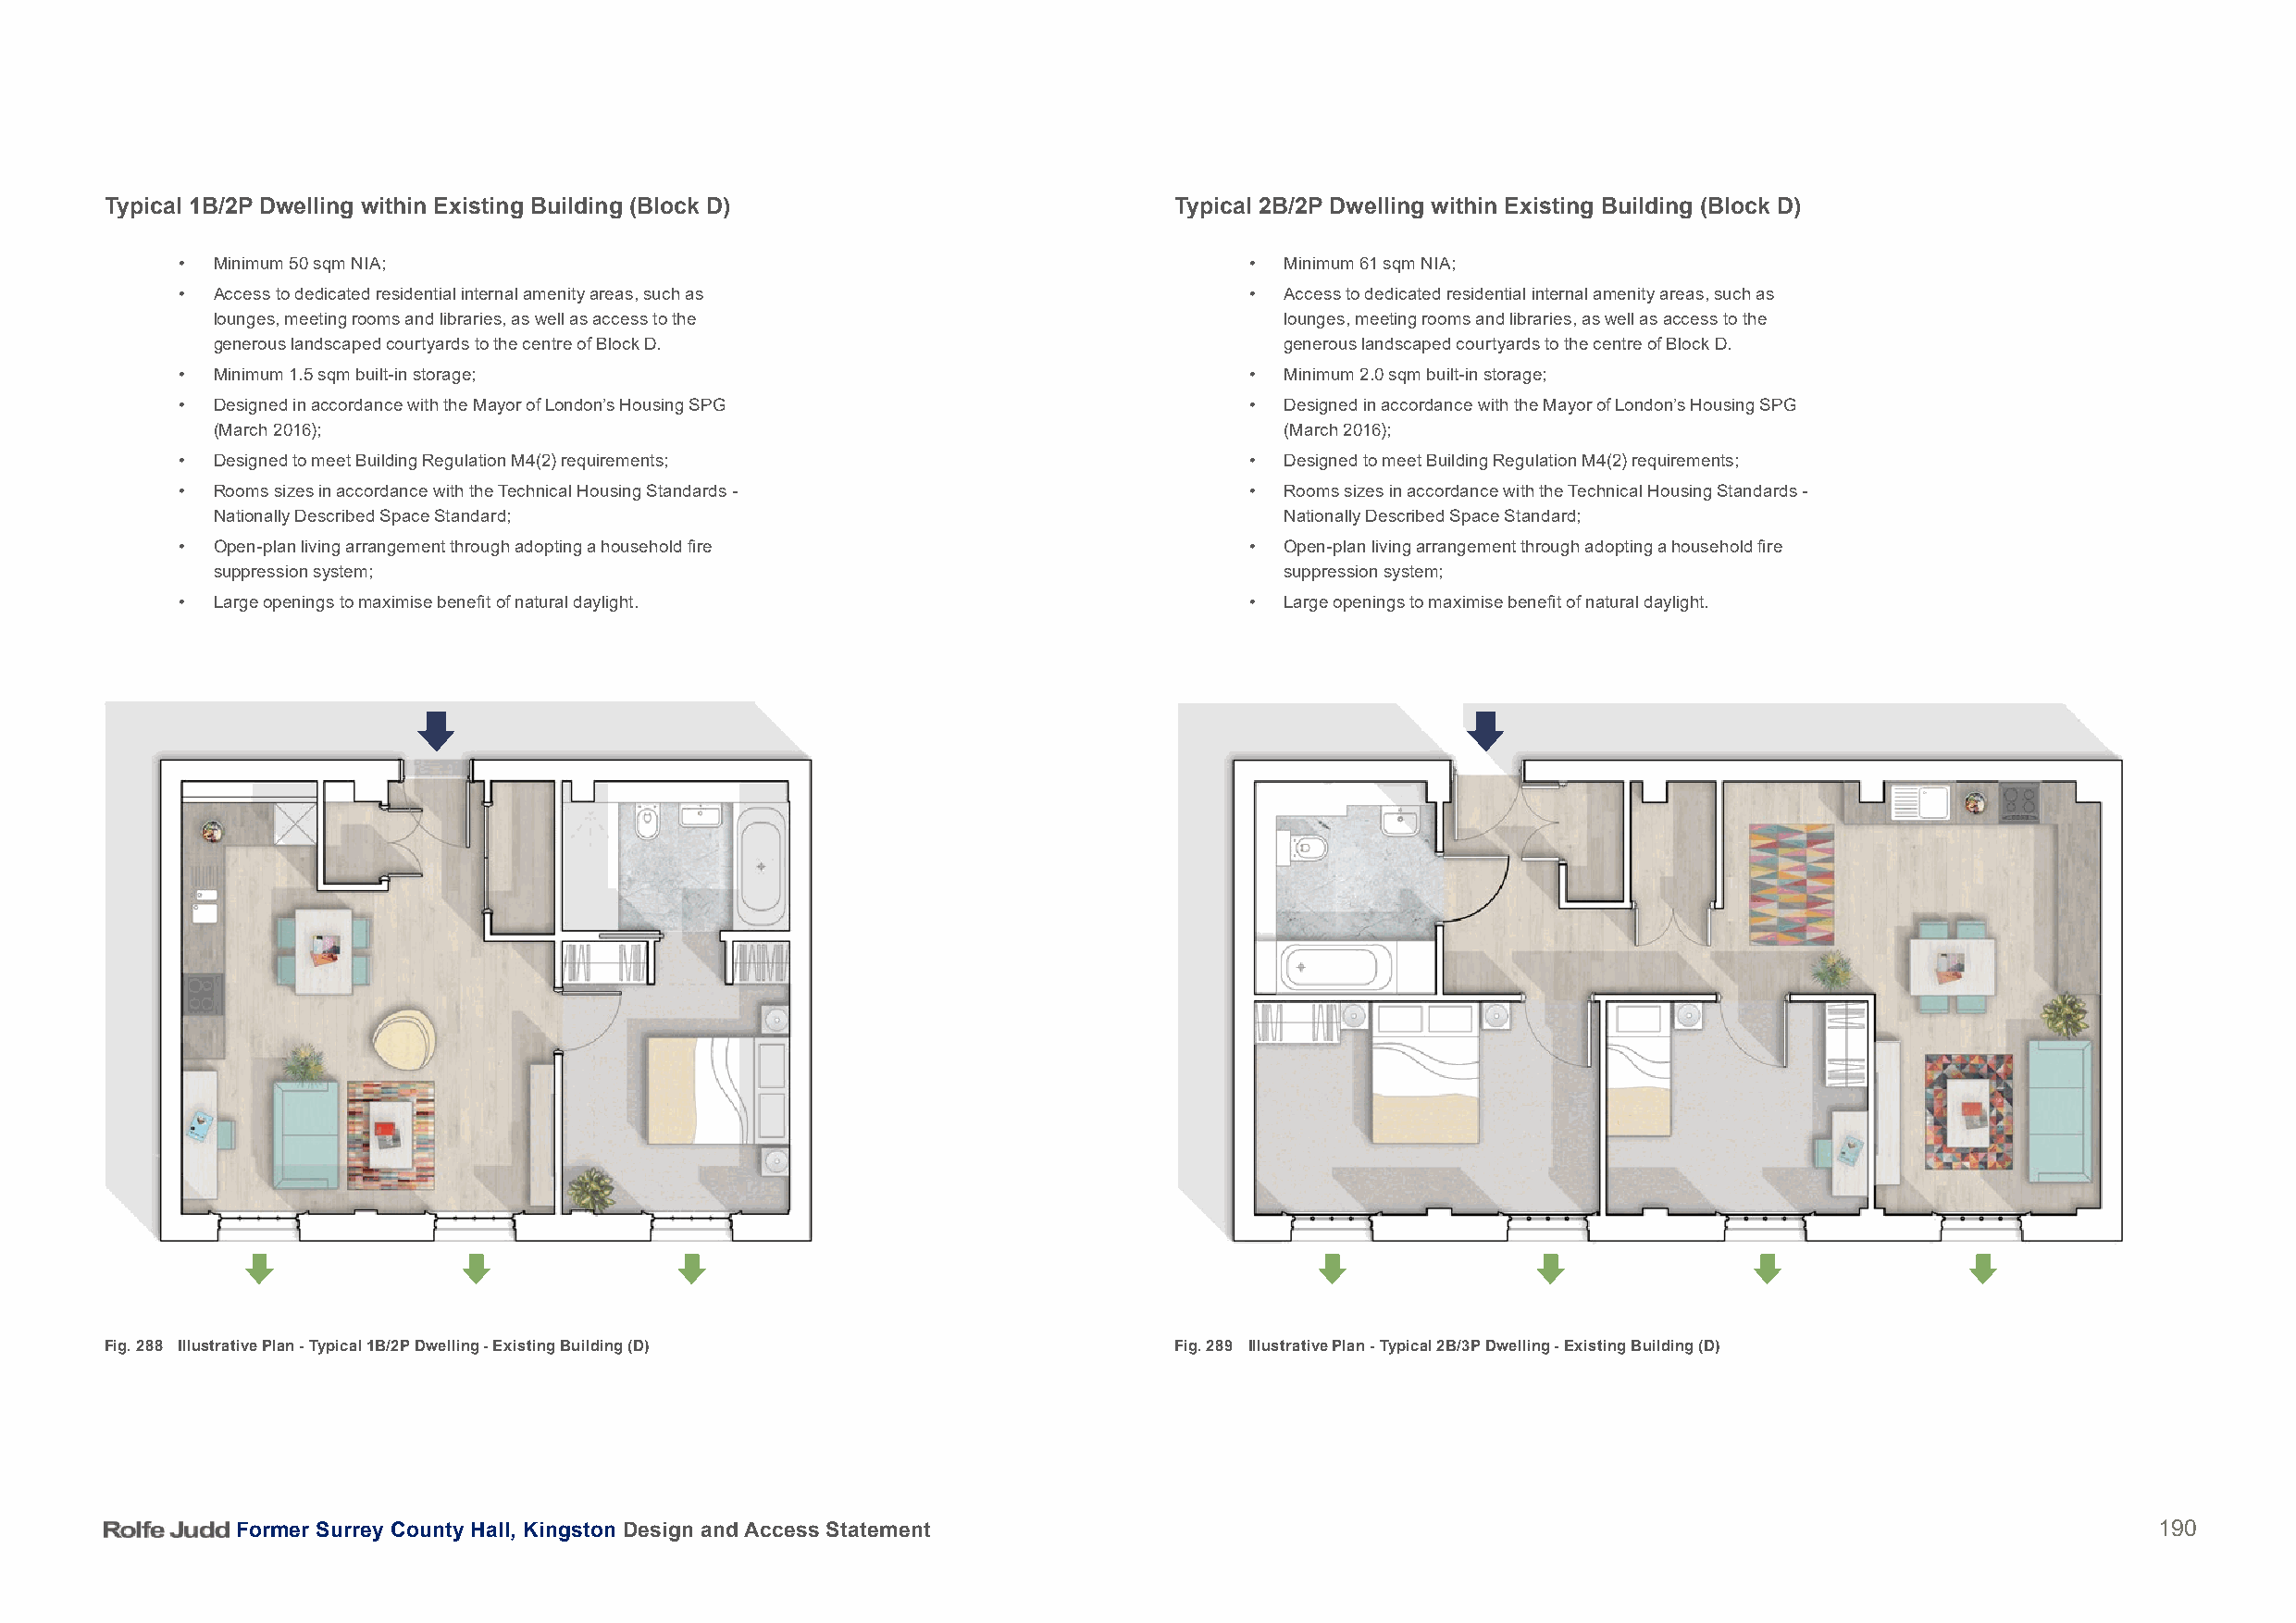
Typical 1B/2P Dwelling within Existing Building (Block D)                    Typical 2B/2P Dwelling within Existing Building (Block D)
 • Minimum 50 sqm NIA;                                                       •  Minimum 61 sqm NIA;
 • Access to dedicated residential internal amenity areas, such as           •  Access to dedicated residential internal amenity areas, such as
 lounges, meeting rooms and libraries, as well as access to the               lounges, meeting rooms and libraries, as well as access to the
 generous landscaped courtyards to the centre of Block D.                     generous landscaped courtyards to the centre of Block D.
 • Minimum 1.5 sqm built-in storage;                                         •  Minimum 2.0 sqm built-in storage;
 • Designed in accordance with the Mayor of London’s Housing SPG             •  Designed in accordance with the Mayor of London’s Housing SPG
 (March 2016);                                                                (March 2016);
 • Designed to meet Building Regulation M4(2) requirements;                  •  Designed to meet Building Regulation M4(2) requirements;
 • Rooms sizes in accordance with the Technical Housing Standards -          •  Rooms sizes in accordance with the Technical Housing Standards -
 Nationally Described Space Standard;                                         Nationally Described Space Standard;
 • Open-plan living arrangement through adopting a household fire            •  Open-plan living arrangement through adopting a household fire
 suppression system;                                                          suppression system;
 • Large openings to maximise benefit of natural daylight.                   •  Large openings to maximise benefit of natural daylight.
 Fig. 288 Illustrative Plan - Typical 1B/2P Dwelling - Existing Building (D)  Fig. 289 Illustrative Plan - Typical 2B/3P Dwelling - Existing Building (D)
 Former Surrey County Hall, Kingston Design and Access Statement                                                                          190